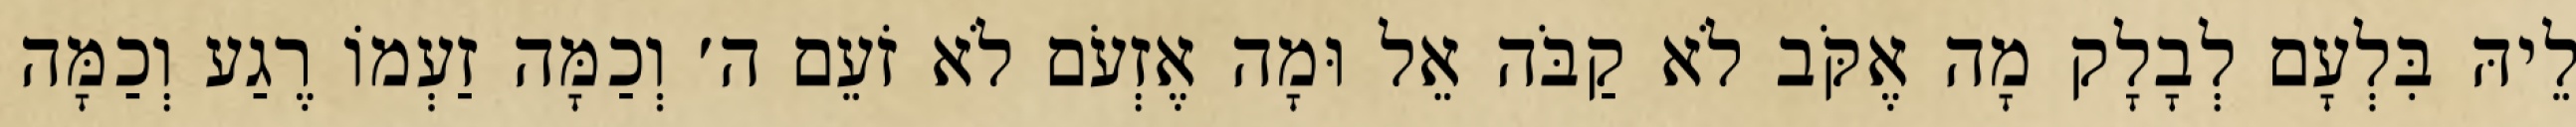
לֵיהּ בִּלְעָם לְבָלָק מָה אֶקֹּב לֹא קַבֹּה אֵל וּמָה אֶזְעֹם לֹא זֹעֵם ה׳ וְכַמָּה זַעְמוֹ רֶגַע וְכַמָּה